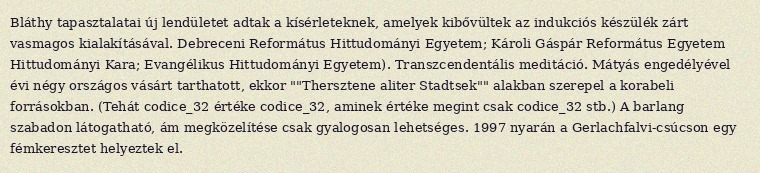
Bláthy tapasztalatai új lendületet adtak a kísérleteknek, amelyek kibővültek az indukciós készülék zárt vasmagos kialakításával. Debreceni Református Hittudományi Egyetem; Károli Gáspár Református Egyetem Hittudományi Kara; Evangélikus Hittudományi Egyetem). Transzcendentális meditáció. Mátyás engedélyével évi négy országos vásárt tarthatott, ekkor ""Thersztene aliter Stadtsek"" alakban szerepel a korabeli forrásokban. (Tehát codice_32 értéke codice_32, aminek értéke megint csak codice_32 stb.) A barlang szabadon látogatható, ám megközelítése csak gyalogosan lehetséges. 1997 nyarán a Gerlachfalvi-csúcson egy fémkeresztet helyeztek el.